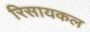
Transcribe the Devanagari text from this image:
रिसायकल